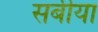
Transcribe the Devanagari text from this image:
सर्बीया